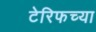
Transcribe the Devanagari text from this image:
टेरिफच्या